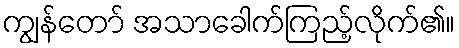
ကျွန်တော် အသာခေါက်ကြည့်လိုက်၏။